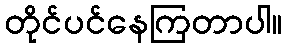
တိုင်ပင်နေကြတာပါ။